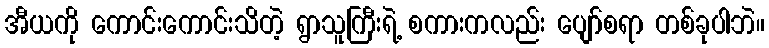
အီယကို ကောင်းကောင်းသိတဲ့ ရွာသူကြီးရဲ့ စကားကလည်း ပျော်စရာ တစ်ခုပါဘဲ။